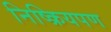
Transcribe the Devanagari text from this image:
निष्क्रियपण